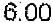
6.00